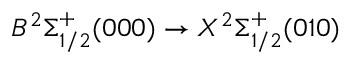
B ^ { 2 } \Sigma _ { 1 / 2 } ^ { + } ( 0 0 0 ) \rightarrow X ^ { 2 } \Sigma _ { 1 / 2 } ^ { + } ( 0 1 0 )